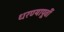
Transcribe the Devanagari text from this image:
धरण्यापूर्वी